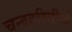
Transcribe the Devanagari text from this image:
चन्द्रहरितीर्थ